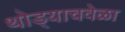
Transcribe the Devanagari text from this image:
थोड्याचवेळा